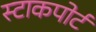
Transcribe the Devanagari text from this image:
स्टाकपोर्ट